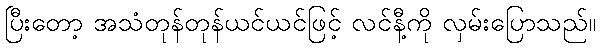
ပြီးတော့ အသံတုန်တုန်ယင်ယင်ဖြင့် လင်နီ့ကို လှမ်းပြောသည်။